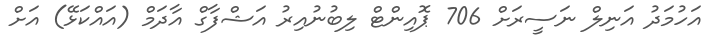
އަހުމަދު އަނިލް ނަސީރަށް 706 ޕޮއިންޓް ލިބުނުއިރު އަޝްފާގް އާދަމް (އައްކަޅޭ) އަށް